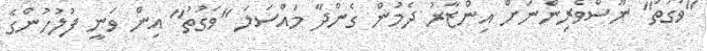
"ވަގުތު" ނޫސްވެރިންނަށް އިންޒާރު ދެމުން ގެންދާ މައްސަލަ "ވަގުތު" އިން ވަނީ ފުލުހުންގެ